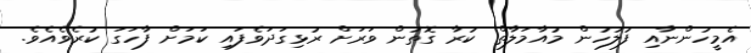
އެމީހުންނާއި ފުލުހުން މުއާމަލާތް ކުރާ ގޮތުން ވަރަށް ރުޅިގަދަވެފައި ކަމަށް ފާހަގަ ކުރެވެއެވެ.